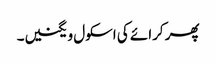
پھر کرائے کی اسکول ویگنیں۔